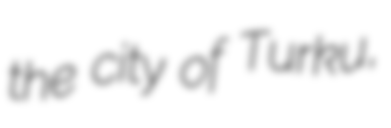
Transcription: the city of Turku,